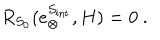
LaTeX: R _ { S _ { 0 } } ( e _ { \otimes } ^ { S _ { \mathrm { i n t } } } , H ) = 0 \ .